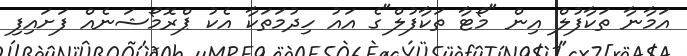
އަމާނާ ތަކާފުލް އިން "މޯޓާ ތަކާފުލް"ގެ އައު ހިދުމަތަކާ އެކު ޕްރޮމޯޝަނެއް ފަށައިފި